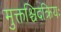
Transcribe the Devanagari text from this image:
मुक्तश्चिदक्रियः